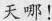
天哪!